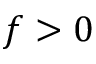
f > 0